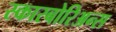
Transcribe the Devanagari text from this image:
स्कारबोरिअन्स